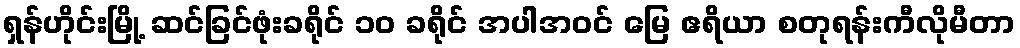
ရှန်ဟိုင်းမြို့ ဆင်ခြင်ဖုံးခရိုင် ၁၀ ခရိုင် အပါအဝင် မြေ ဧရိယာ စတုရန်းကီလိုမီတာ